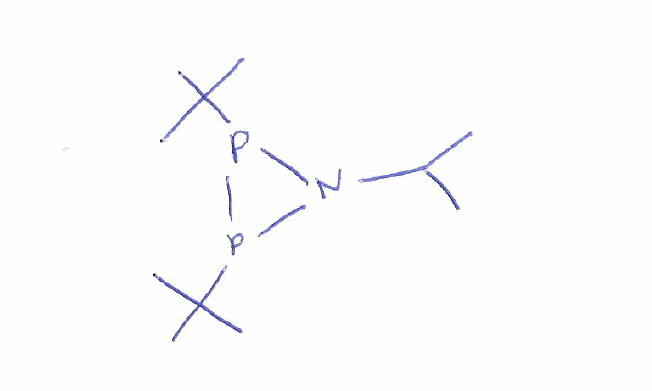
Simplified molecular-input line-entry system (SMILES) notation of the given molecule:
CC(C)N1P(P1C(C)(C)C)C(C)(C)C